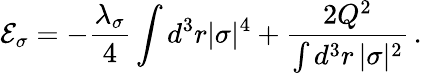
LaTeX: \mathcal{E}_{\sigma}=-\frac{\lambda_{\sigma}}{4}\int d^{3}r|\sigma|^{4}+\frac{2Q^{2}}{\int d^{3}r\, |\sigma|^{2}}\, .